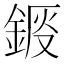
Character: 𨧴